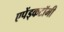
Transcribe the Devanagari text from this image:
एपेंड्कटॉमी